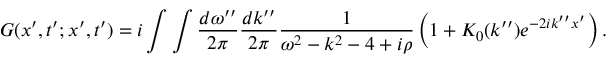
G ( x ^ { \prime } , t ^ { \prime } ; x ^ { \prime } , t ^ { \prime } ) = i \int \int \frac { d \omega ^ { \prime \prime } } { 2 \pi } \frac { d k ^ { \prime \prime } } { 2 \pi } \frac { 1 } { \omega ^ { 2 } - k ^ { 2 } - 4 + i \rho } \left( 1 + K _ { 0 } ( k ^ { \prime \prime } ) e ^ { - 2 i k ^ { \prime \prime } x ^ { \prime } } \right) .